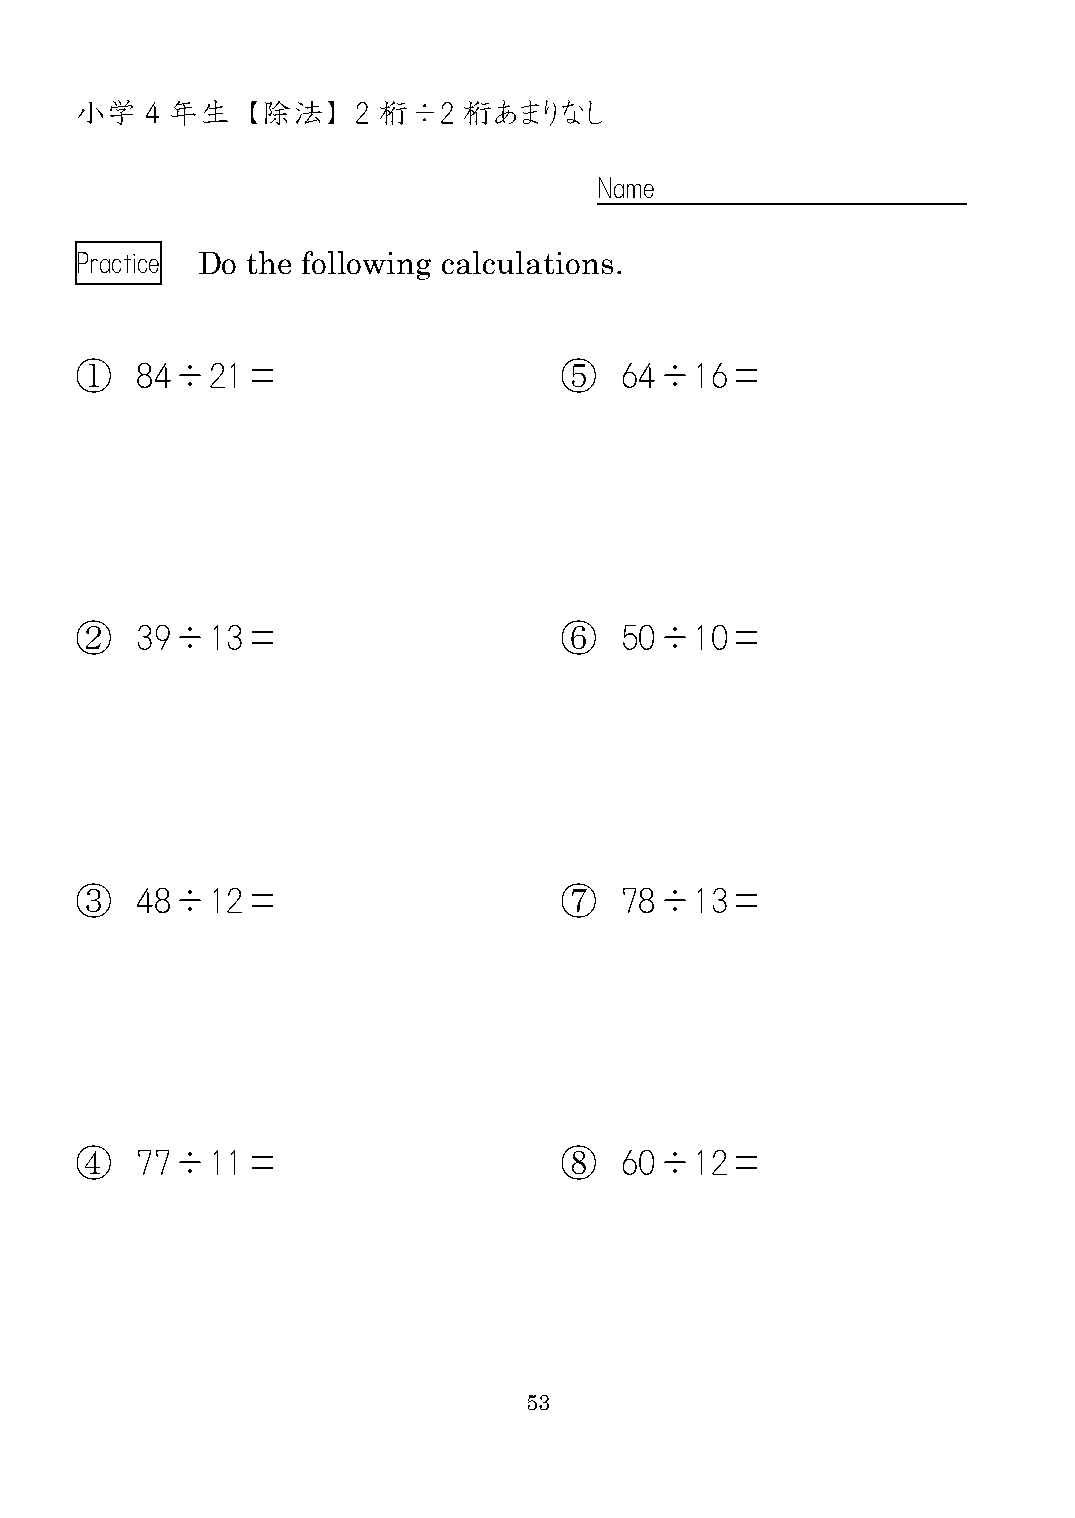
小学   4 年生  【除法】    2 桁÷2  桁あまりなし
 Name
 Practice Do the following calculations.
 ①   84÷21＝                      ⑤   64÷16＝
 ②   39÷13＝                      ⑥   50÷10＝
 ③   48÷12＝                      ⑦   78÷13＝
 ④   77÷11＝                      ⑧   60÷12＝
 53